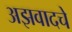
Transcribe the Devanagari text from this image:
अझवादचे